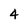
Character: 4